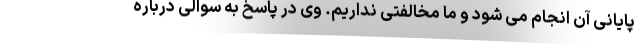
پایانی آن انجام می شود و ما مخالفتی نداریم. وی در پاسخ به سوالی درباره